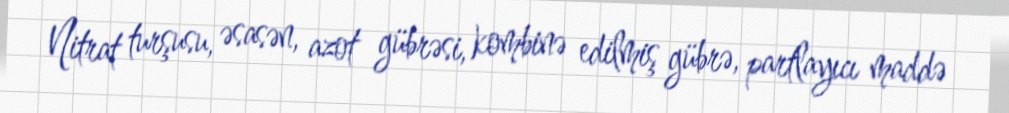
Nitrat turşusu, əsasən, azot gübrəsi, kombinə edilmiş gübrə, partlayıcı maddə